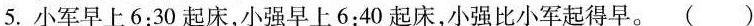
5.小军早上6:30起床，小强早上6:40起床，小强比小军起得早。 （ ）